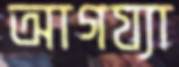
আগয্যা